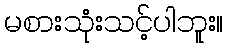
မစားသုံးသင့်ပါဘူး။